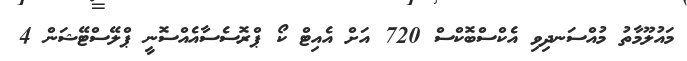
މައުލޫމާތު މުއްސަނދިވި އެކްސްބޮކްސް 720 އަށް އެއިޓް ކޯ ޕްރޮސެސާއެއްސޮނީ ޕްލޭސްޓޭޝަން 4